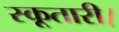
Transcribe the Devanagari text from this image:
स्कूतारी।